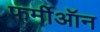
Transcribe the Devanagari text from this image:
फर्मीऑन